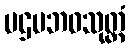
ပဌမဘဝသုတ္တံ